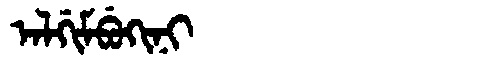
Manchu: ᠠᠯᡤᡳᠮᠪᡠᡴᡳᠨᡳ
Romanization: ALGIMBUKINI